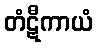
တံဋီကာယံ